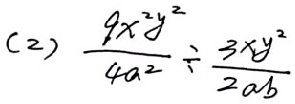
( 2 ) \frac { 9 x ^ { 2 } y ^ { 2 } } { 4 a ^ { 2 } } \div \frac { 3 x y ^ { 2 } } { 2 a b }